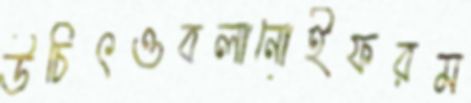
উচিৎওবলানোইফরম